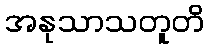
အနုသာသတူတိ